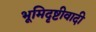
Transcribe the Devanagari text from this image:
भूमिदृष्टीवादी